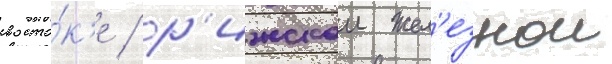
восто́к'е / р'ижскои жел'езнои